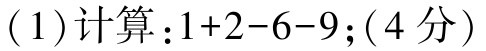
(1)计算：\(1 + 2 - 6 - 9\);(4分)